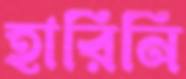
হারিনি